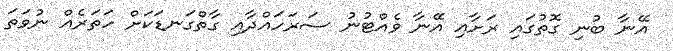
އޭނާ ބުނި ގޮތުގައި ރަށާއި އޭނާ ވެއްޓުނު ސަރަހައްދާއި ގާތްގަނޑަކަށް ހަތަރެއް ނުވަތަ